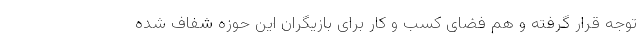
توجه قرار گرفته و هم فضای کسب و کار برای بازیگران این حوزه شفاف شده